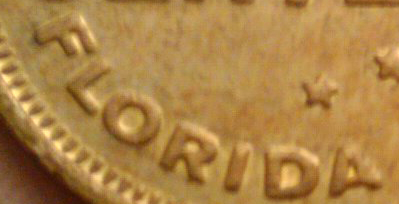
FLORIDA